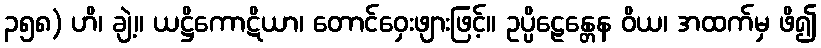
၃၅၈) ဟိ၊ ချဲ့။ ယဋ္ဌိကောဋိယာ၊ တောင်ဝှေးဖျားဖြင့်။ ဥပ္ပိဠေန္တေန ဝိယ၊ အထက်မှ ဖိ၍